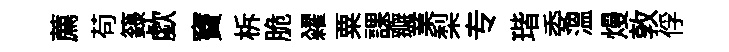
薦苟籙歔竇柝脆糴粟課瓣業梨专瑎委温熳敦俘